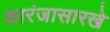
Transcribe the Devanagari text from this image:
कारंजासारखे